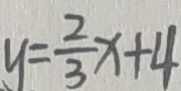
y = \frac { 2 } { 3 } x + 4